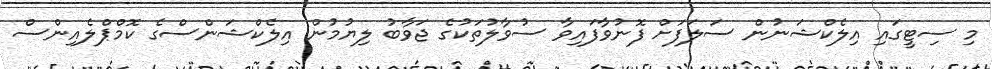
މި ސިޓީގައި އިލެކްޝަނުން ސަލަފަށް ފޮނުވާފައިވާ ސުވާލުތަކުގެ ޖަވާބު ލިޔުމުން އިލެކްޝަންސްގެ ކޮމްޕްލެއިންސް